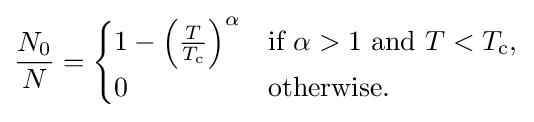
{\frac {N_{0}}{N}}={\begin{cases}1-\left({\frac {T}{T_{\rm {c}}}}\right)^{\alpha }&{\mbox{if }}\alpha >1{\mbox{ and }}T<T_{\rm {c}},\\0&{\mbox{otherwise}}.\end{cases}}